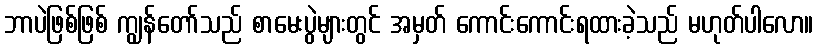
ဘာပဲဖြစ်ဖြစ် ကျွန်တော်သည် စာမေးပွဲများတွင် အမှတ် ကောင်းကောင်းရထားခဲ့သည် မဟုတ်ပါလော။